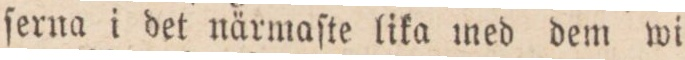
ſerna i det närmaſte lika med dem wi